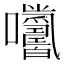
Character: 𡆓